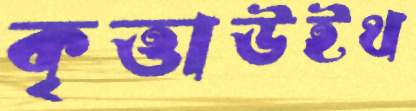
কৃত্তাউইথ